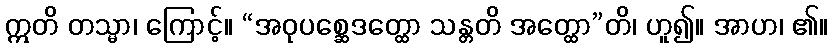
ဣတိ တသ္မာ၊ ကြောင့်။ “အဝုပစ္ဆေဒတ္ထော သန္တတိ အတ္ထော”တိ၊ ဟူ၍။ အာဟ၊ ၏။